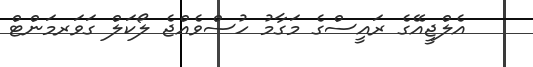
އެލްޖީއޭގެ ރައީސްގެ މަގާމު ހުސްވެއްޖެ ލޯކަލް ގަވަރމަންޓް